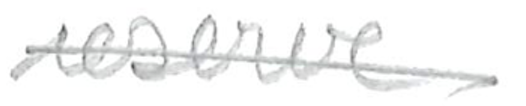
Text: reserve
Cross-out: single-line
Writing tool: pencil